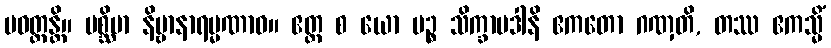
ပဝတ္တန္တိ။ ပစ္ဆိမာ နိဗ္ဗာနာရမ္မဏာဝ။ ဧတ္ထ စ ယော ပဉ္စ သိက္ခာပဒါနိ ဧကတော ဂဏှတိ, တဿ ဧကသ္မိံ